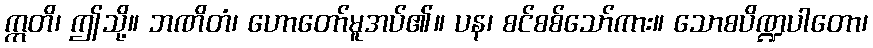
ဣတိ၊ ဤသို့။ ဘဏိတံ၊ ဟောတော်မူအပ်၏။ ပန၊ စင်စစ်သော်ကား။ သောစပိဏ္ဍပါတော၊